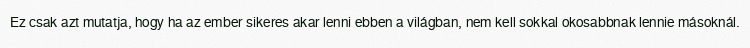
Ez csak azt mutatja, hogy ha az ember sikeres akar lenni ebben a világban, nem kell sokkal okosabbnak lennie másoknál.